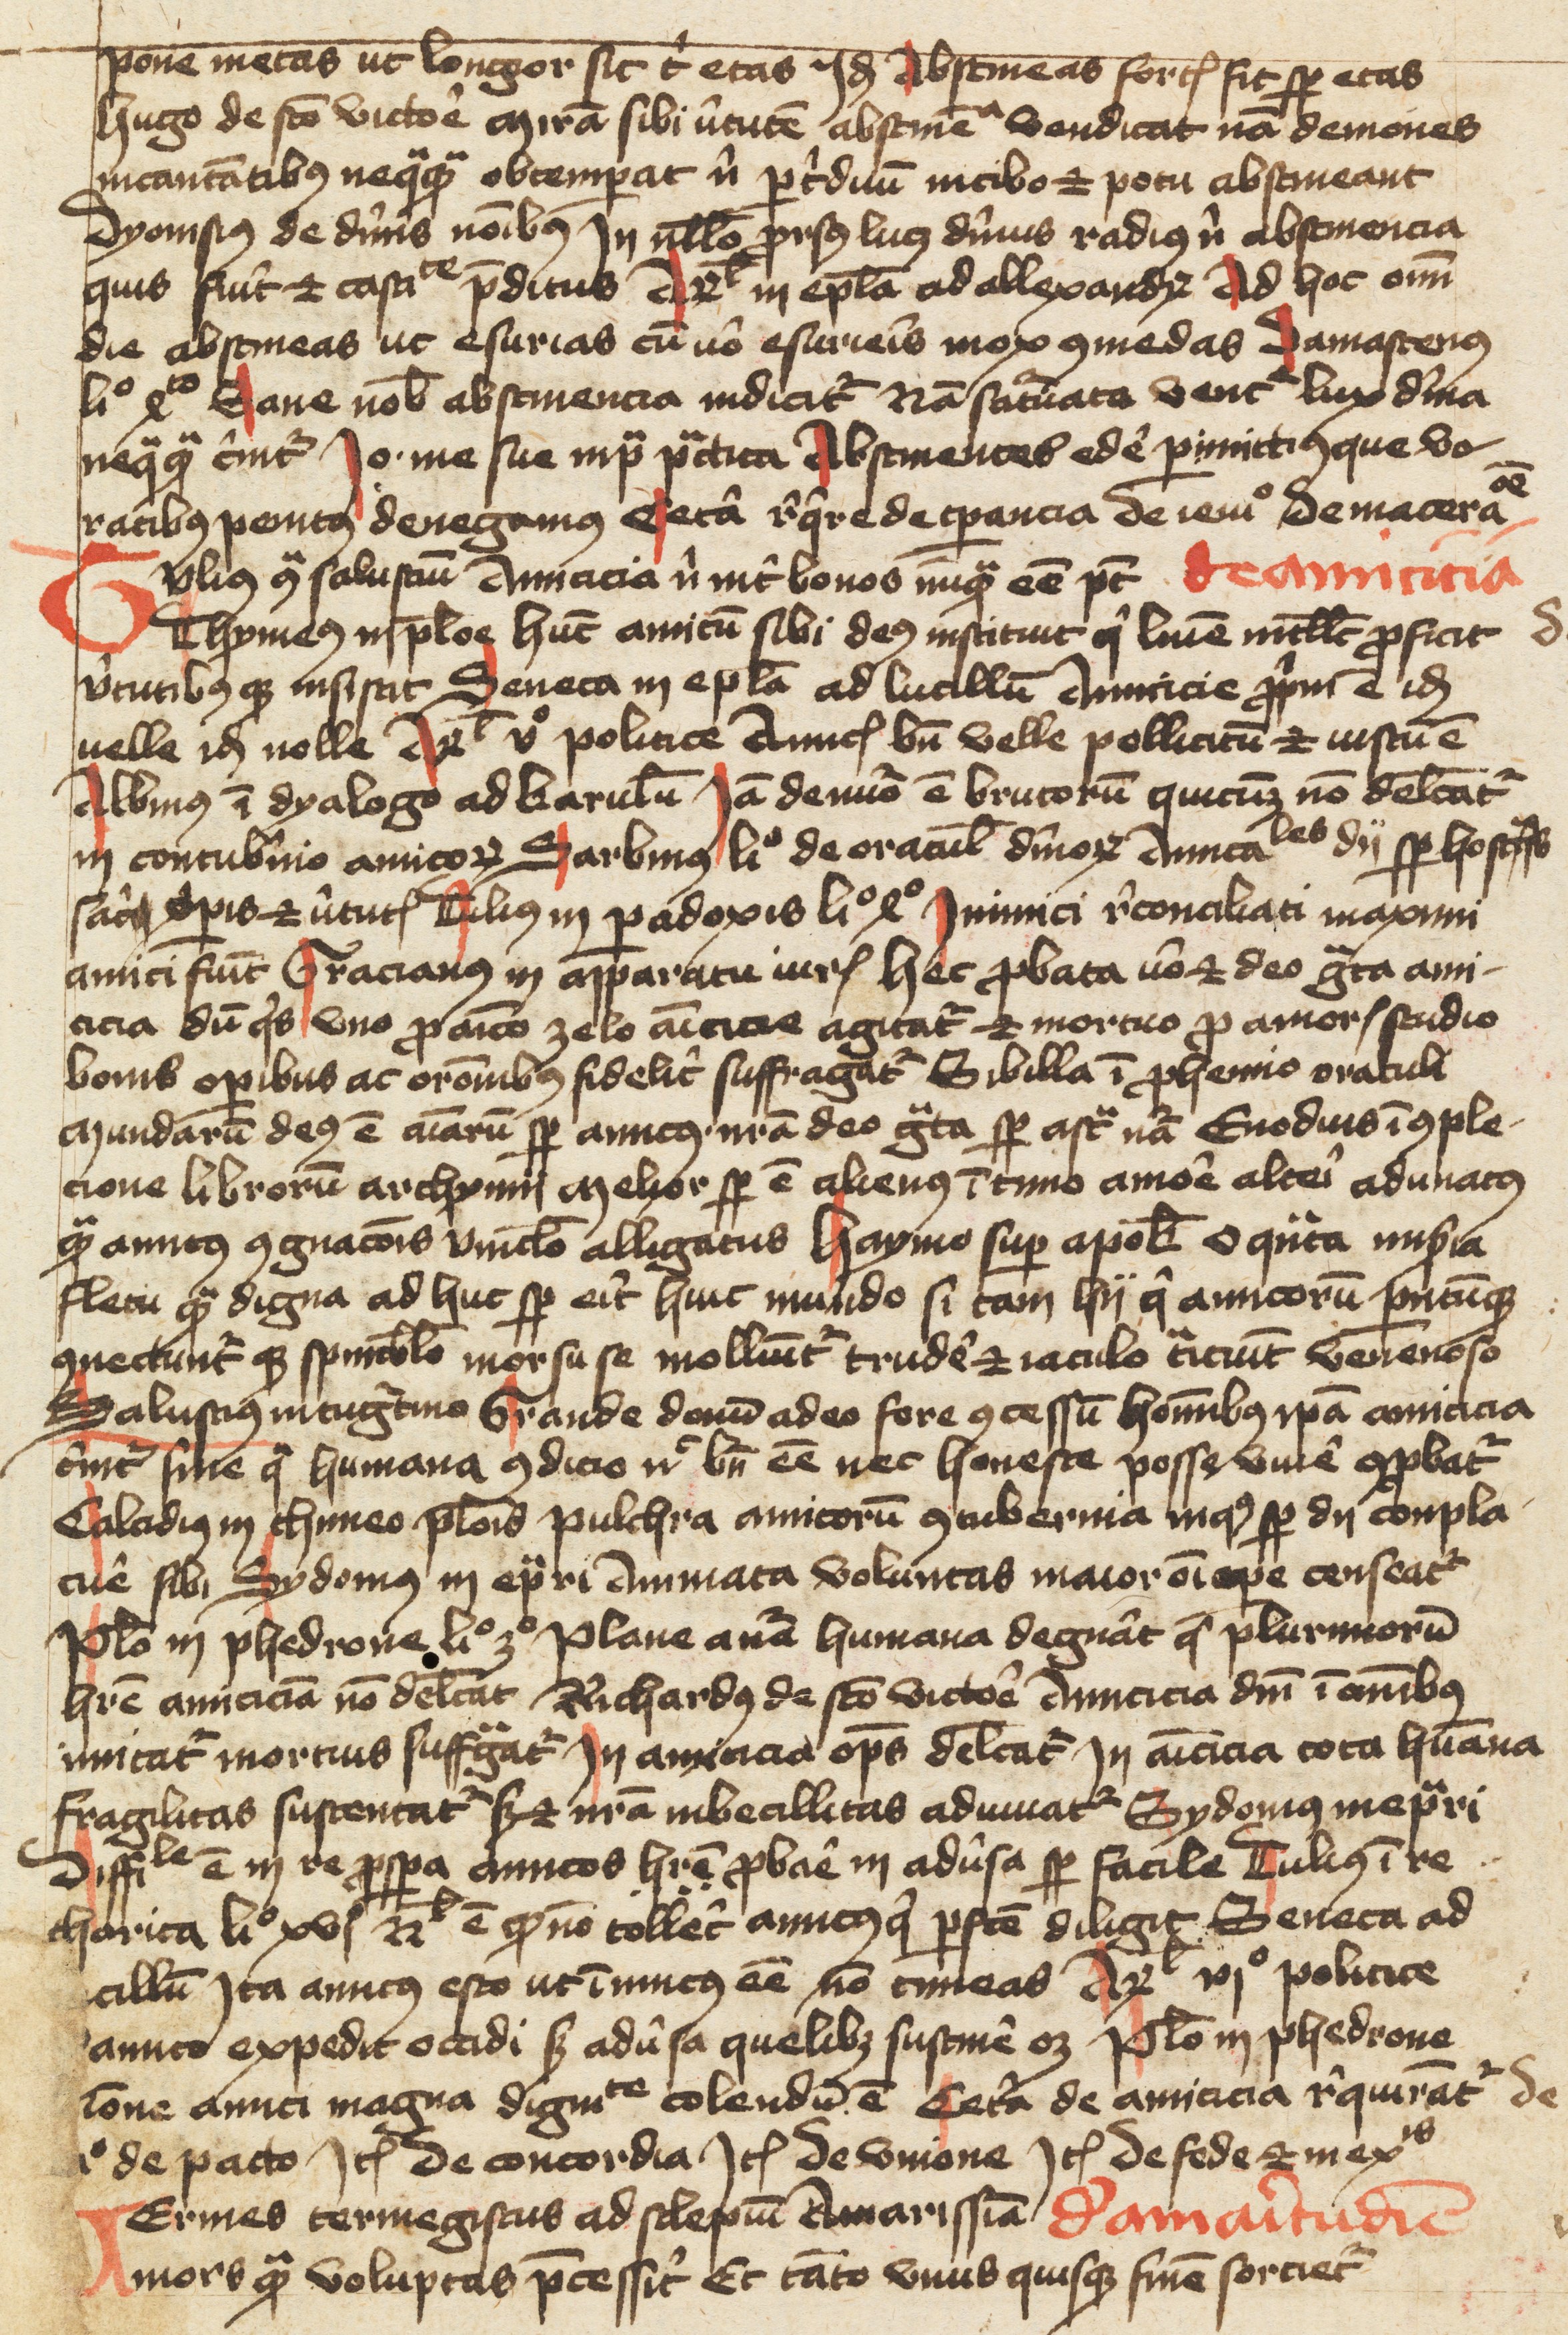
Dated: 1400–1499